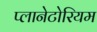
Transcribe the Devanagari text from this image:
प्लानेटोरियम